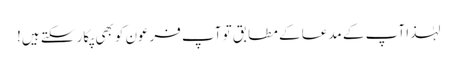
لہٰذا آپ کے مدعا کے مطابق تو آپ فرعون کو بھی پکار سکتے ہیں!